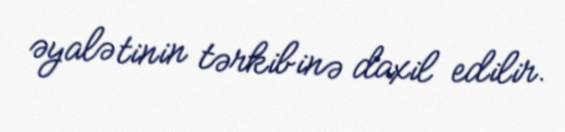
əyalətinin tərkibinə daxil edilir.